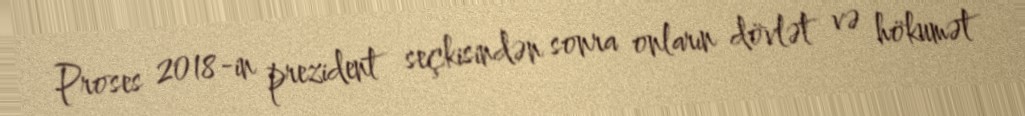
Proses 2018-in prezident seçkisindən sonra onların dövlət və hökumət